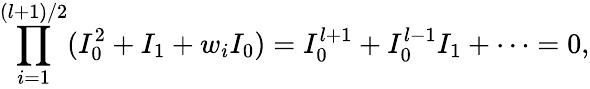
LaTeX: \prod_{i=1}^{(l+1)/2}(I_{0}^{2}+I_{1}+w_{i}I_{0})=I_{0}^{l+1}+I_{0}^{l-1}I_{1}+\cdots=0,